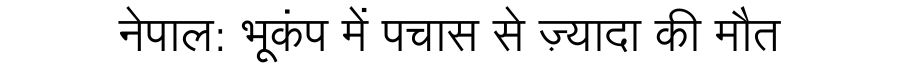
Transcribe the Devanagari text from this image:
नेपाल: भूकंप में पचास से ज़्यादा की मौत